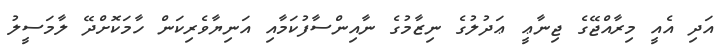
އަދި އެއީ މިރާއްޖޭގެ ޖިނާޢީ ޢަދުލުގެ ނިޒާމުގެ ނާއިންސާފުކަމާއި އަނިޔާވެރިކަން ހާމަކޮށްދޭ ލާމަސީލު